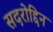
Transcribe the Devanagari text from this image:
सदरोद्दिन